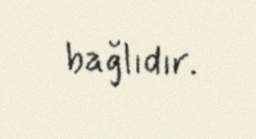
bağlıdır.